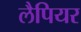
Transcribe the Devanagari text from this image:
लैपियर